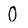
Character: O